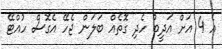
އެ 4 އަށް އަދީބު ހެދި ގޮތެއް ބަލަން ޖެހޭ އެގޮސް ހުއްޓޭ